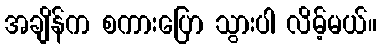
အချိန်က စကားပြော သွားပါ လိမ့်မယ်။